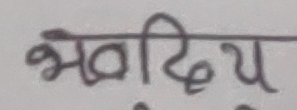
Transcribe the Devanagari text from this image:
भवदिय